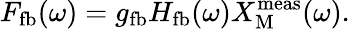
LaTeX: F_{\mathrm{fb}}(\omega)=g_{\mathrm{fb}}H_{\mathrm{fb}}(\omega)X_{\mathrm{M}}^{\mathrm{meas}}(\omega).